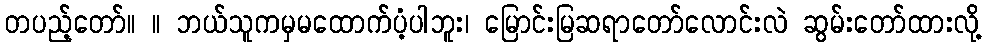
တပည့်တော်။ ။ ဘယ်သူကမှမထောက်ပံ့ပါဘူး၊ မြောင်းမြဆရာတော်လောင်းလဲ ဆွမ်းတော်ထားလို့